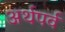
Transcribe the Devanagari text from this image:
अर्थपर्व